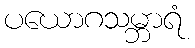
ပယောဂသမ္ဘာရံ